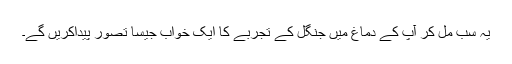
یہ سب مل کر آپ کے دماغ میں جنگل کے تجربے کا ایک خواب جیسا تصوّر پیداکریں گے۔